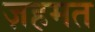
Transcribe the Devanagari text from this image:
ज़हमत